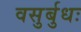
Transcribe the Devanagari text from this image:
वसुर्बुधः